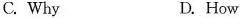
C. Why D. How